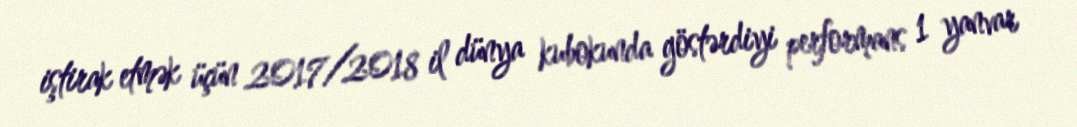
iştirak etmək üçün 2017/2018 il dünya kubokunda göstərdiyi performans 1 yanvar